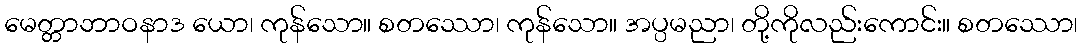
မေတ္တာဘာဝနာဒ ယော၊ ကုန်သော။ စတဿော၊ ကုန်သော။ အပ္ပမညာ၊ တို့ကိုလည်းကောင်း။ စတဿော၊